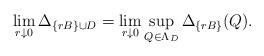
LaTeX: \begin{align*}\lim_{r \downarrow 0} \Delta_{\{rB\} \cup D} = \lim_{r \downarrow 0} \sup_{Q \in \Lambda_D} \Delta_{\{rB\}}(Q).\end{align*}